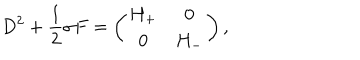
D ^ { 2 } + \frac { 1 } { 2 } \sigma F = \left( \begin{array} { c c } { { H _ { + } } } & { { 0 } } \\ { { 0 } } & { { H _ { - } } } \\ \end{array} \right) ,